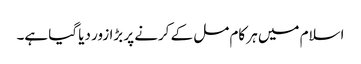
اسلام میں ہر کام مل کے کرنے پر بڑا زور دیا گیا ہے۔